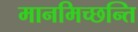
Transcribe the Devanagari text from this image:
मानमिच्छन्ति